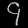
Digit: ၄